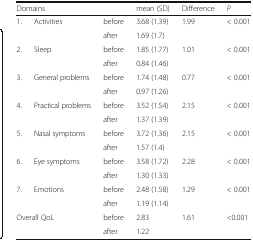
| <COLSPAN=3> Domains | mean (SD) | Difference | P |
 | --- | --- | --- | --- | --- | --- |
 | <ROWSPAN=2> 1. | <ROWSPAN=2> Activities | before | 3.68 (1.39) | <ROWSPAN=2> 1.99 | <ROWSPAN=2> < 0.001 |
 | after | 1.69 (1.7) |
 | <ROWSPAN=2> 2. | <ROWSPAN=2> Sleep | before | 1.85 (1.77) | <ROWSPAN=2> 1.01 | <ROWSPAN=2> < 0.001 |
 | after | 0.84 (1.46) |
 | <ROWSPAN=2> 3. | <ROWSPAN=2> General problems | before | 1.74 (1.48) | <ROWSPAN=2> 0.77 | <ROWSPAN=2> < 0.001 |
 | after | 0.97 (1.26) |
 | <ROWSPAN=2> 4. | <ROWSPAN=2> Practical problems | before | 3.52 (1.54) | <ROWSPAN=2> 2.15 | <ROWSPAN=2> < 0.001 |
 | after | 1.37 (1.39) |
 | <ROWSPAN=2> 5. | <ROWSPAN=2> Nasal symptoms | before | 3.72 (1.36) | <ROWSPAN=2> 2.15 | <ROWSPAN=2> < 0.001 |
 | after | 1.57 (1.4) |
 | <ROWSPAN=2> 6. | <ROWSPAN=2> Eye symptoms | before | 3.58 (1.72) | <ROWSPAN=2> 2.28 | <ROWSPAN=2> < 0.001 |
 | after | 1.30 (1.33) |
 | <ROWSPAN=2> 7. | <ROWSPAN=2> Emotions | before | 2.48 (1.58) | <ROWSPAN=2> 1.29 | <ROWSPAN=2> < 0.001 |
 | after | 1.19 (1.14) |
 | <ROWSPAN=2-COLSPAN=2> Overall QoL | before | 2.83 | <ROWSPAN=2> 1.61 | <ROWSPAN=2> <0.001 |
 | after | 1.22 |